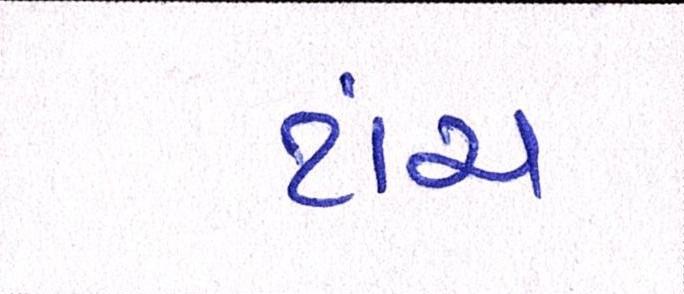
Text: ટાંચ